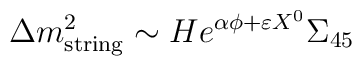
\Delta m_{\rm string}^2 \sim   He^{\alpha \phi + \varepsilon X^0 }\Sigma_{45}